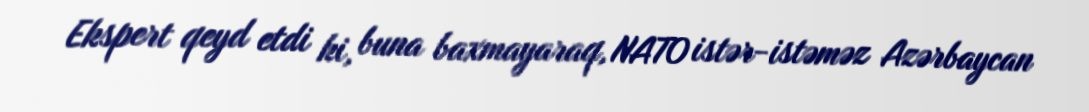
Ekspert qeyd etdi ki, buna baxmayaraq, NATO istər-istəməz Azərbaycan